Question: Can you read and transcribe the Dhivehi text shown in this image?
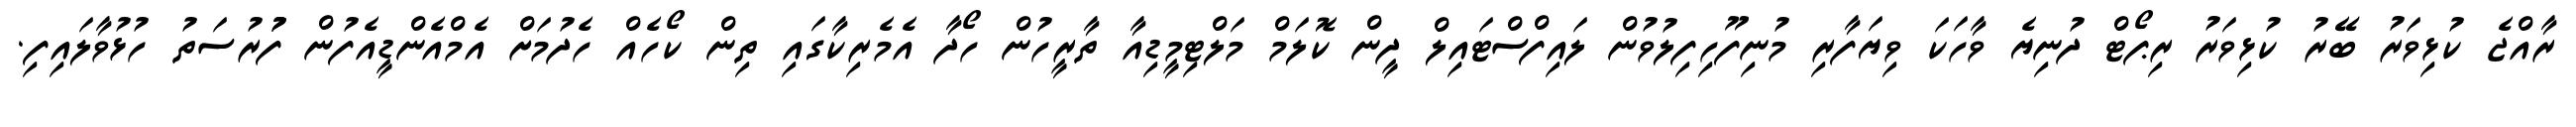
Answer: ރާއްޖެ ކުޅިވަރު ބޭރު ކުޅިވަރު ރިޕޯޓް ދުނިޔެ ވާހަކަ ވިޔަފާރި މުނިފޫހިފިލުވުން ލައިފްސްޓައިލް ދީން ކޮލަމް މަލްޓިމީޑިއާ ތާރީހުން ހޯދާ އެމެރިކާގައި ތިން ކޯހެއް ހެދުމަށް އެމްއެންޑީއެފުން ފުުރުސަތު ހުޅުވާލައިފި.